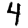
Digit: 4